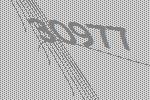
30977